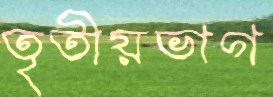
তৃতীয়ভাগ